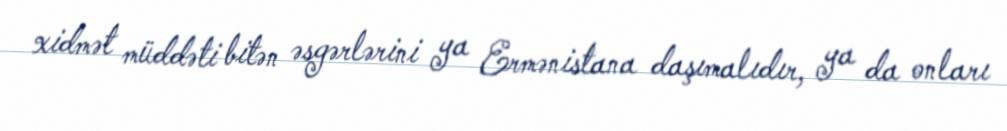
xidmət müddəti bitən əsgərlərini ya Ermənistana daşımalıdır, ya da onları